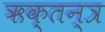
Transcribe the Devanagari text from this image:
ऋक्तन्त्र